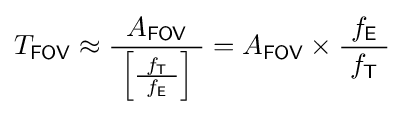
T_{\mathsf {FOV}}\approx {\frac {A_{\mathsf {FOV}}}{\ \left[{\frac {f_{\mathsf {T}}}{\ f_{\mathsf {E}}\ }}\right]\ }}=A_{\mathsf {FOV}}\times {\frac {\ f_{\mathsf {E}}\ }{f_{\mathsf {T}}}}~